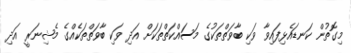
މިގޮތުން ކަނޑައެޅިފައިވާ ވަކި ބާވަތްތަކުގެ މަސައްކަތްތަކަށް އަދި ވަކި ބާވަތްތަކެއްގެ މެޝިނަރީ އަދި